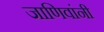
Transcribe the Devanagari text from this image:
जाणिवांनी